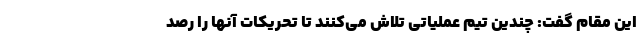
این مقام گفت: چندین تیم عملیاتی تلاش می‌کنند تا تحریکات آنها را رصد